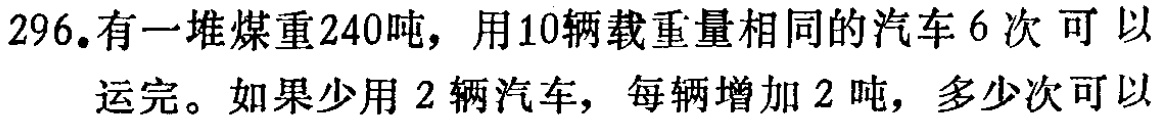
296.有一堆煤重240吨，用10辆载重量相同的汽车6次可以运完。如果少用2辆汽车，每辆增加2吨，多少次可以